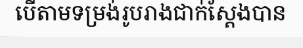
បើតាមទម្រង់រូបរាងជាក់ស្តែងបាន